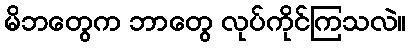
မိဘတွေက ဘာတွေ လုပ်ကိုင်ကြသလဲ။